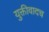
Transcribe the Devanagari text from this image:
युक्तीवादच